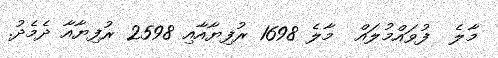
މާލެ  ފުވައްމުލައް  މާލެ 1698 ރުފިޔާއާއި 2598 ރުފިޔާއާ ދެމެދު.